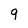
Character: 9